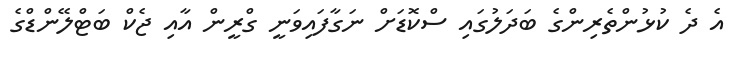
އެ ދެ ކުޅުންތެރިންގެ ބަދަލުގައި ސްކޮޑަށް ނަގާފައިވަނީ ގްރީން އާއި ޖެކް ބަޓްލޭންޑްގެ